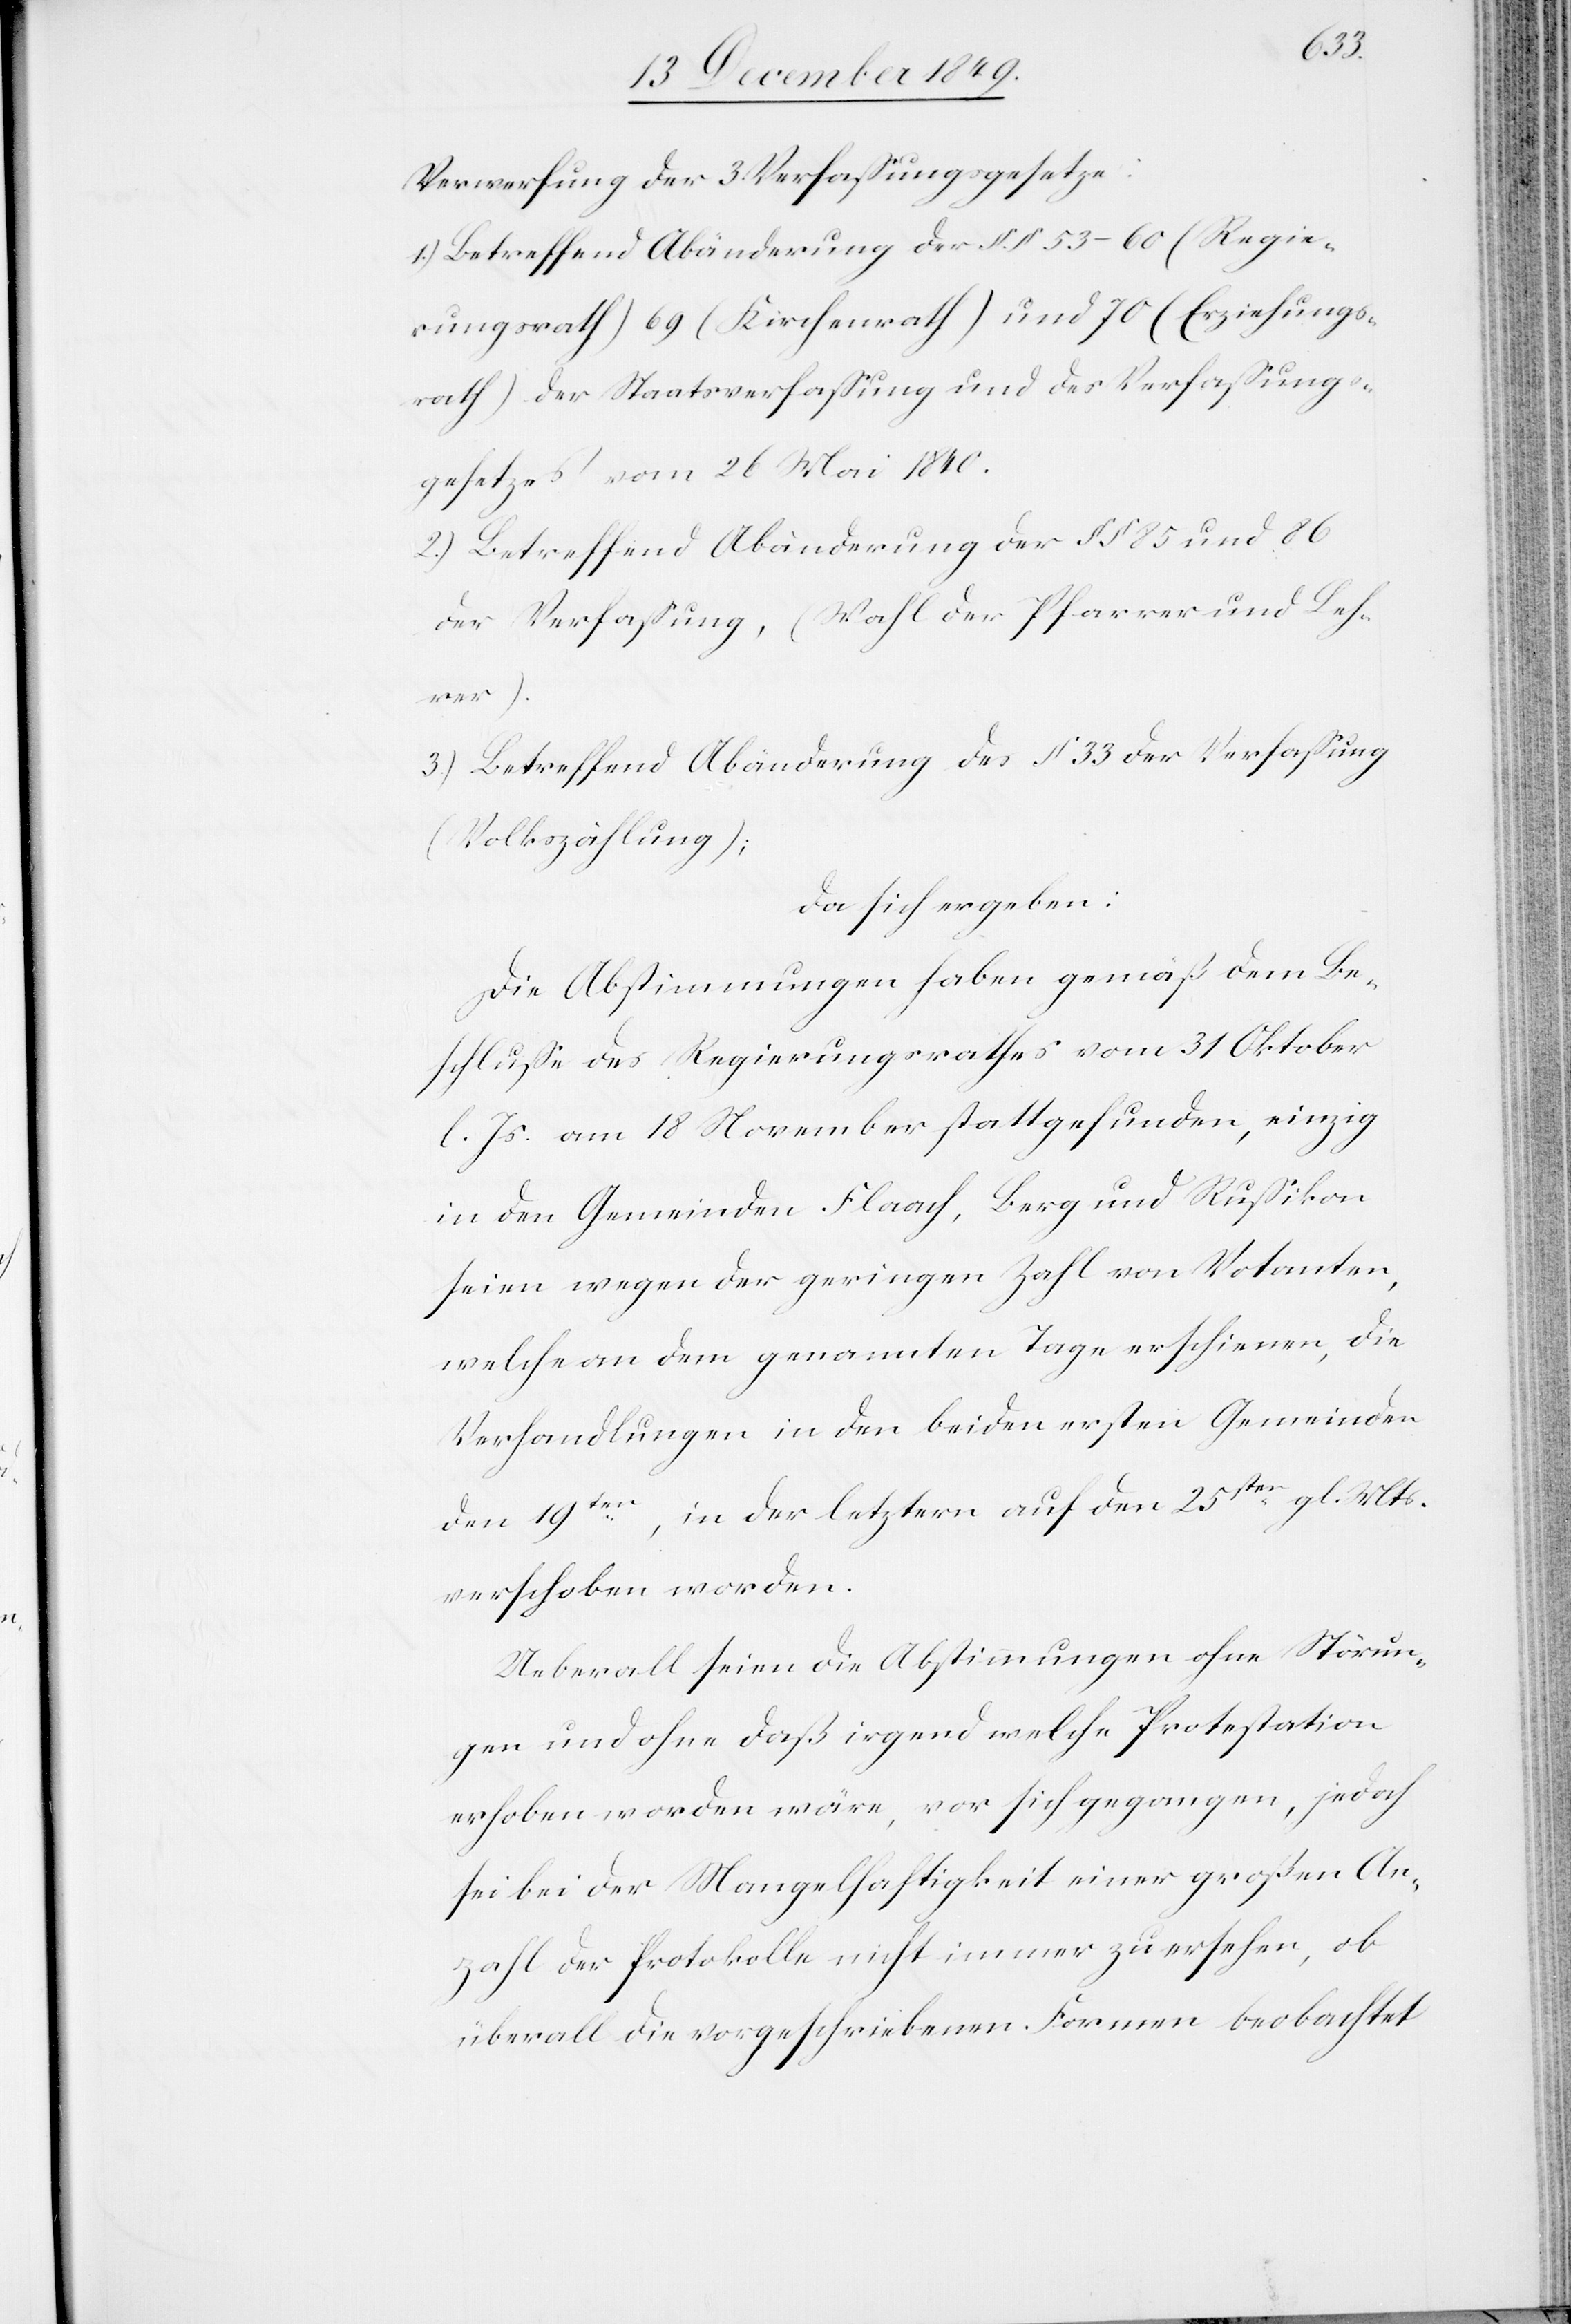
Verwerfung der 3 Verfaßungsgesetze:
1.) Betreffend Abänderung der §§ 53–60 (Regie¬
rungsrath) 69 (Kirchenrath) und 70 (Erziehungs¬
rath) der Staatsverfaßung und des Verfaßungs¬
gesetzes vom 26 Mai 1840.
2.) Betreffend Abänderung der §§ 85 und 86
der Verfaßung, (Wahl der Pfarrer und Leh¬
rer).
3.) Betreffend Abänderung des § 33 der Verfaßung
(Volkszählung);
da sich ergeben:
Die Abstimmungen haben gemäß dem Be¬
schluße des Regierungsrathes vom 31 Oktober
l. Js. am 18 November stattgefunden, einzig
in den Gemeinden Flaach, Berg und Rußikon
seien wegen der geringen Zahl von Votanten,
welche an dem genannten Tage erschienen, die
Verhandlungen in den beiden ersten Gemeinden
den 19ten, in der letztern auf den 25sten gl. Mts.
verschoben worden.
Ueberall seien die Abstimmungen ohne Störun¬
gen und ohne daß irgend welche Protestation
erhoben worden wäre, vor sich gegangen, jedoch
sei bei der Mangelhaftigkeit einer großen An¬
zahl der Protokolle nicht immer zu ersehen, ob
überall die vorgeschriebenen Formen beobachtet